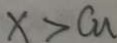
x > C u